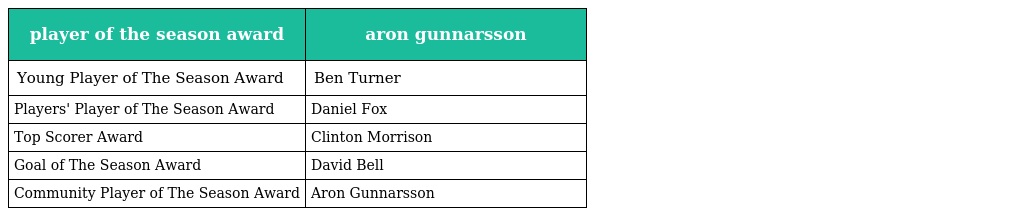
| player of the season award | aron gunnarsson |
 | --- | --- |
 | Young Player of The Season Award | Ben Turner |
 | Players' Player of The Season Award | Daniel Fox |
 | Top Scorer Award | Clinton Morrison |
 | Goal of The Season Award | David Bell |
 | Community Player of The Season Award | Aron Gunnarsson |